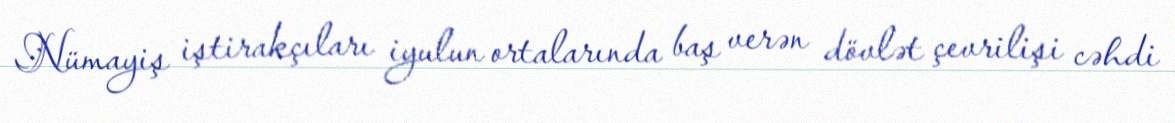
Nümayiş iştirakçıları iyulun ortalarında baş verən dövlət çevrilişi cəhdi